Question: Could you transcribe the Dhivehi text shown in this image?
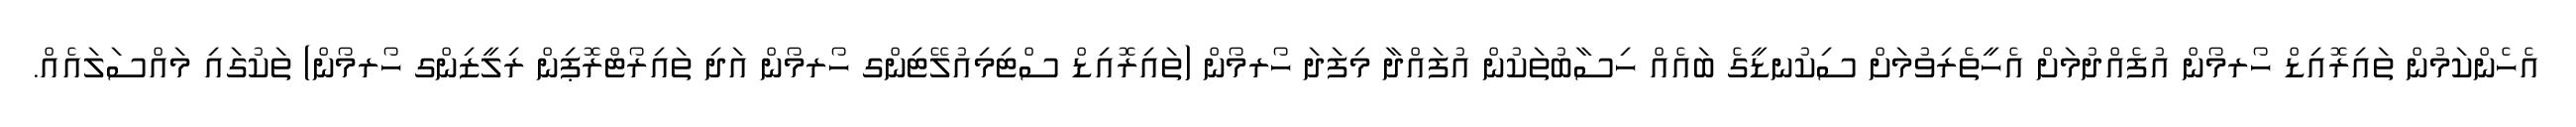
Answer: އެހެންކަމުން ތައިރޮއިޑް ހޯރމޯން އުފެއްދުމަށް އެހީތެރިވުމަށް ސިކުނޑީގެ ބައެއް ހިސާބުތަކުން އުފައްދާ މިފަދަ ހޯރމޯން (ތައިރޮއިޑް ސްޓިމިއުލޭޓިންގ ހޯރމޯން އަދި ތައިރޯޓްރޮޕިން ރިލީޒިންގ ހޯރމޯން) ތަކުގައި މައްސަލައެއް.